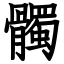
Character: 髑